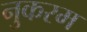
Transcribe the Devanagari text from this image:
नुकरम